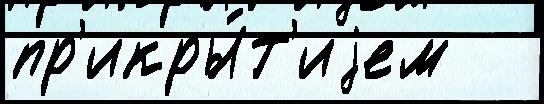
пр'икры́т'иjем